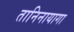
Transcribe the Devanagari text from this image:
तानिनायागा